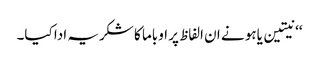
‘‘ نیتین یاہو نے ان الفاظ پر اوباما کا شکریہ ادا کیا۔